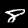
Digit: 8